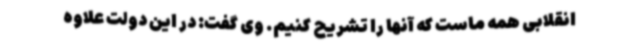
انقلابی همه ماست که آنها را تشریح کنیم. وی گفت: در این دولت علاوه